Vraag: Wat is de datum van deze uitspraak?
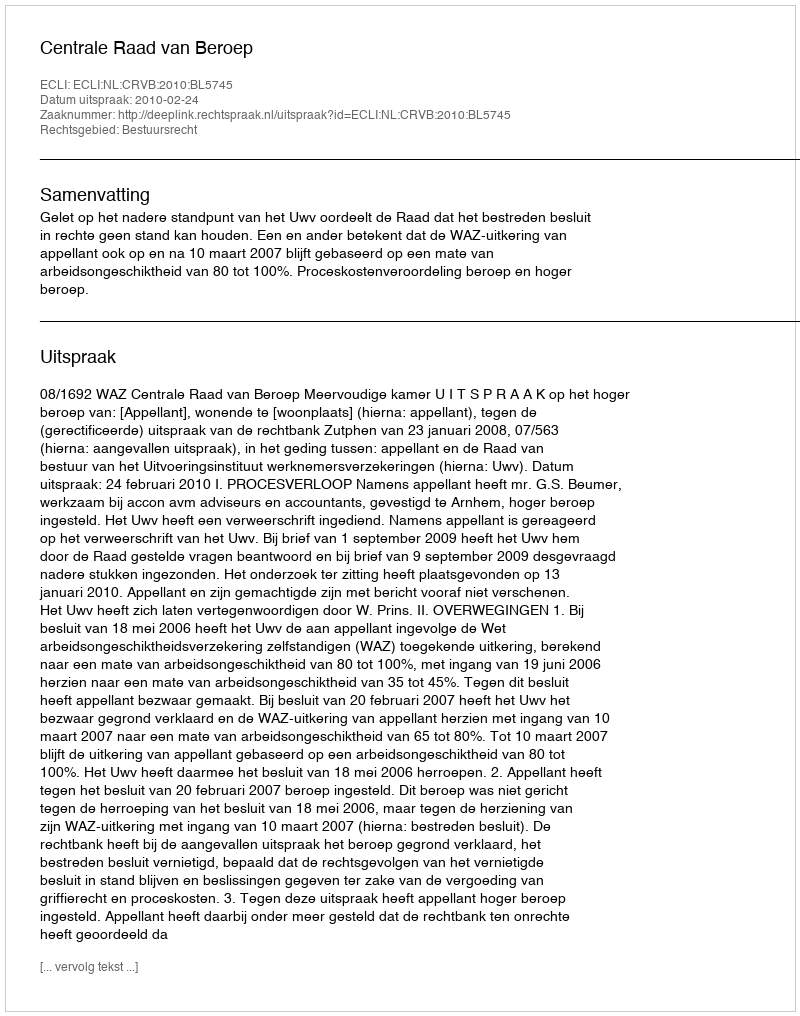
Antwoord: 2010-02-24